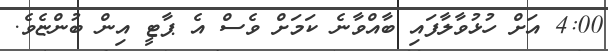
4:00 އަށް ހުޅުވާލާފައި ބާއްވާނެ ކަމަށް ވެސް އެ ޕާޓީ އިން ބުންޏެވެ.